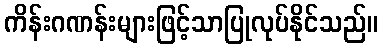
ကိန်းဂဏန်းများဖြင့်သာပြုလုပ်နိုင်သည်။